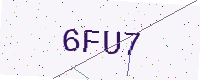
Text: 6FU7